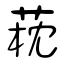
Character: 萙